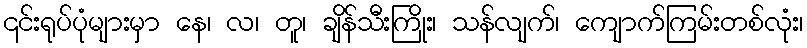
၎င်းရုပ်ပုံများမှာ နေ၊ လ၊ တူ၊ ချိန်သီးကြိုး၊ သန်လျက်၊ ကျောက်ကြမ်းတစ်လုံး၊